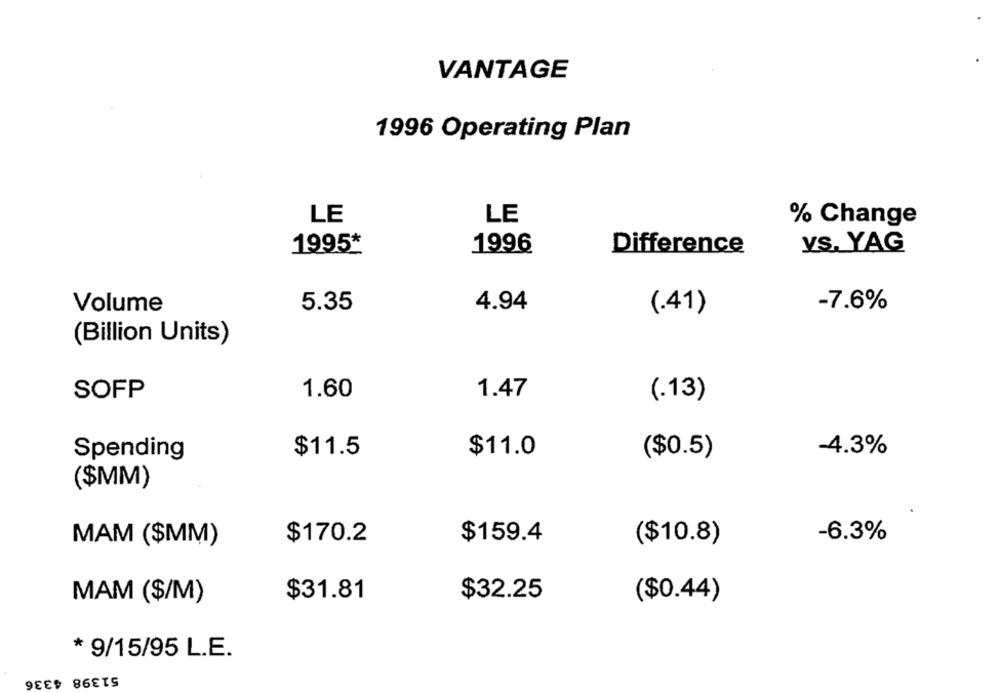
VANTAGE
1996 Operating Plan
LE
LE
% Change
1995*
1996
Difference
YS. YAG
Volume
5.35
4.94
(.41)
-7.6%
(Billion Units)
1.47
SOFP
1.60
(.13)
Spending
$11.5
$11.0
($0.5)
-4.3%
($MM)
$170.2
$159.4
-6.3%
MAM ($MM)
($10.8)
$31.81
$32.25
MAM ($/M)
($0.44)
* 9/15/95 L.E.
51398 4336